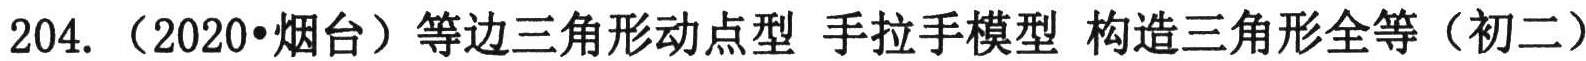
204. （2020•烟台）等边三角形动点型 手拉手模型 构造三角形全等（初二）